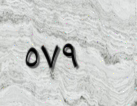
٥٧٩